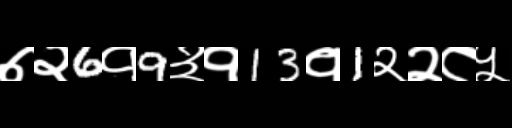
Text: ७२6१9३१13१1२२८५